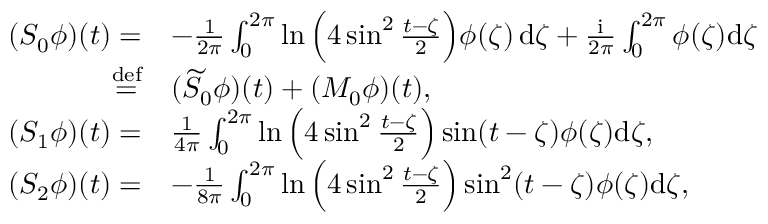
\begin{array} { r l } { ( S _ { 0 } \phi ) ( t ) = } & { - \frac { 1 } { 2 \pi } \int _ { 0 } ^ { 2 \pi } \ln \Big ( 4 \sin ^ { 2 } \frac { t - \zeta } { 2 } \Big ) \phi ( \zeta ) \, \mathrm { d } \zeta + \frac { \mathrm { i } } { 2 \pi } \int _ { 0 } ^ { 2 \pi } \phi ( \zeta ) \mathrm { d } \zeta } \\ { \overset { \mathrm { d e f } } { = } } & { ( \widetilde { S } _ { 0 } \phi ) ( t ) + ( M _ { 0 } \phi ) ( t ) , } \\ { ( S _ { 1 } \phi ) ( t ) = } & { \frac { 1 } { 4 \pi } \int _ { 0 } ^ { 2 \pi } \ln \Big ( 4 \sin ^ { 2 } \frac { t - \zeta } { 2 } \Big ) \sin ( t - \zeta ) \phi ( \zeta ) \mathrm { d } \zeta , } \\ { ( S _ { 2 } \phi ) ( t ) = } & { - \frac { 1 } { 8 \pi } \int _ { 0 } ^ { 2 \pi } \ln \Big ( 4 \sin ^ { 2 } \frac { t - \zeta } { 2 } \Big ) \sin ^ { 2 } ( t - \zeta ) \phi ( \zeta ) \mathrm { d } \zeta , } \end{array}